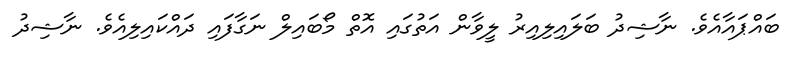
ބައްޕައާއެވެ. ނާޝިދު ބަލައިލިއިރު ލީވާން އަތުގައި އޮތް މޯބައިލް ނަގާފައި ދައްކައިލިއެވެ. ނާޝިދު